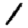
Digit: 1